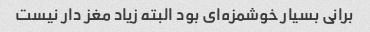
برانی بسیار خوشمزه‌ای بود البته زیاد مغز دار نیست